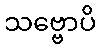
သဗ္ဗောပိ